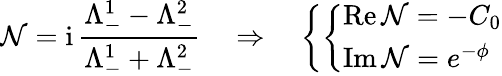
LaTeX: \mathcal{N}=\mathrm{i}\, \frac{\Lambda_{-}^{1}-\Lambda_{-}^{2}}{\Lambda_{-}^{1}+\Lambda_{-}^{2}}\quad\Rightarrow\quad\left\{ \left\{ \begin{array}{ll}{{\mathrm{Re}\, \mathcal{N}=-C_{0}}}\\ {{\mathrm{Im}\, \mathcal{N}=e^{-\phi}}}\end{array}\right.\right.